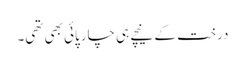
درخت کے نیچے ہی چارپائی بھی تھی۔